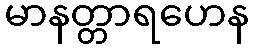
မာနတ္တာရဟေန